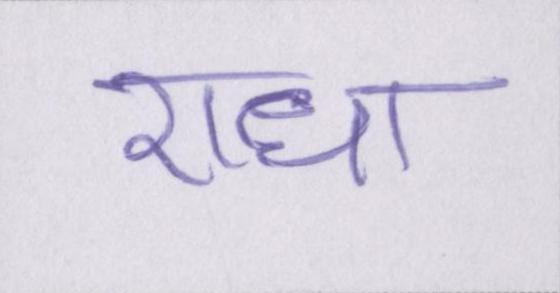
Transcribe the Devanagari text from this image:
राधा